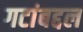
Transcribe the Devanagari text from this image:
गटांबद्दल